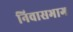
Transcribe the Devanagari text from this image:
निवासभाग